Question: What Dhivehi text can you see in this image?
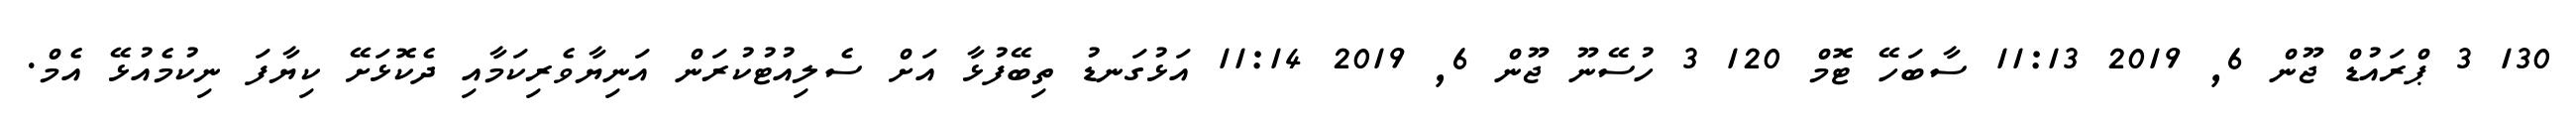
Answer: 130 3 ޕްރައުޑް ޖޫން 6, 2019 11:13 ސާބަހޭ ޓޮމް 120 3 ހުސޭނޫ ޖޫން 6, 2019 11:14 އަޅުގަނޑު ތިބޭފުޅާ އަށް ސެލިއުޓުކުރަން އަނިޔާވެރިކަމާއި ދެކޮޅަށޭ ކިޔާފަ ނިކުމެއުޅޭ އެމް.